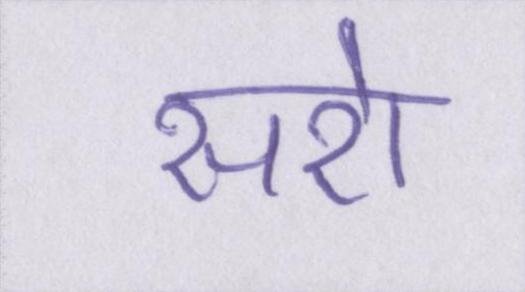
सरो